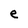
Character: e